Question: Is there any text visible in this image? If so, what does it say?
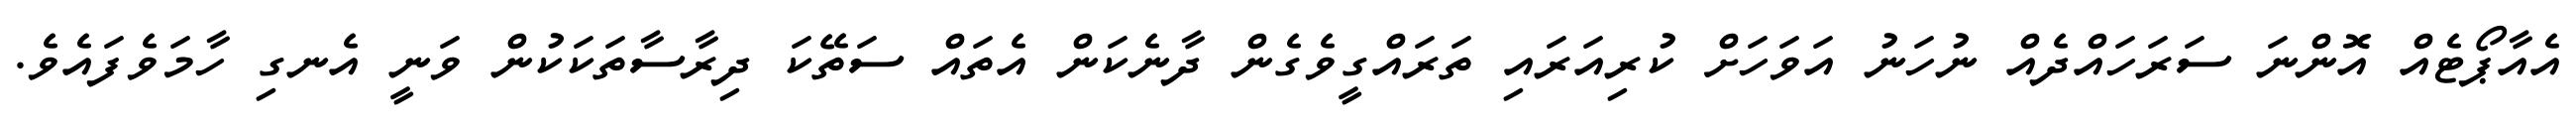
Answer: އެއާޕޯޓެއް އޮންނަ ސަރަހައްދެއް ނުހަނު އަވަހަށް ކުރިއަރައި ތަރައްގީވެގެން ދާނެކަން އެތައް ސަތޭކަ ދިރާސާތަކަކުން ވަނީ އެނގި ހާމަވެފައެވެ.